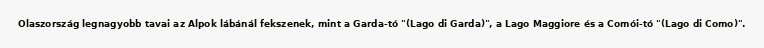
Olaszország legnagyobb tavai az Alpok lábánál fekszenek, mint a Garda-tó "(Lago di Garda)", a Lago Maggiore és a Comói-tó "(Lago di Como)".